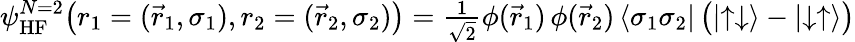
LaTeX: \begin{array}{r}{\psi_{\mathrm{HF}}^{N=2}\big(r_{1}=(\vec{r}_{1},\sigma_{1}),r_{2}=(\vec{r}_{2},\sigma_{2})\big)=\frac{1}{\sqrt{2}}\phi(\vec{r}_{1})\, \phi(\vec{r}_{2})\, {\left\langle{\sigma_{1}\sigma_{2}}\right|}\, \big({\left|{\uparrow\downarrow}\right\rangle}-{\left|{\downarrow\uparrow}\right\rangle}\big)}\end{array}